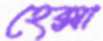
হেক্সা